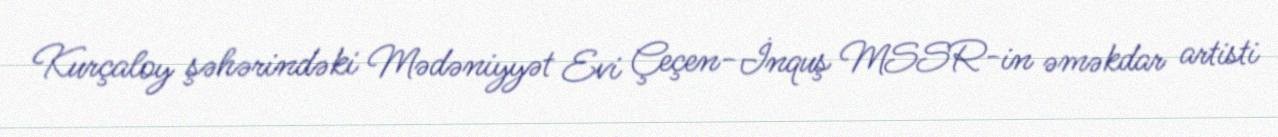
Kurçaloy şəhərindəki Mədəniyyət Evi Çeçen-İnquş MSSR-in əməkdar artisti